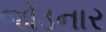
જોડનાર